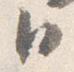
臣